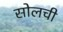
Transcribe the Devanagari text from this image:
सोलची